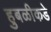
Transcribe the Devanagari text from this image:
हुबळीकडे